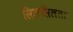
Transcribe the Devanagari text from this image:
सिलसिलता